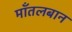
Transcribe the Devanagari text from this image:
मॉंतलबान